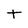
Character: t